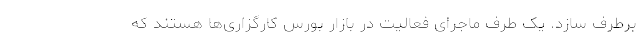
برطرف سازد. یک طرف ماجرای فعالیت در بازار بورس کارگزاری‌ها هستند که